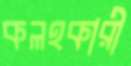
কলহকারী